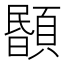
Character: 𩔉